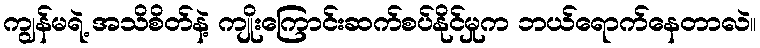
ကျွန်မရဲ့ အသိစိတ်နဲ့ ကျိုးကြောင်းဆက်စပ်နိုင်မှုက ဘယ်ရောက်နေတာလဲ။